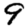
Digit: 9